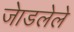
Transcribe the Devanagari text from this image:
जेाडलेले